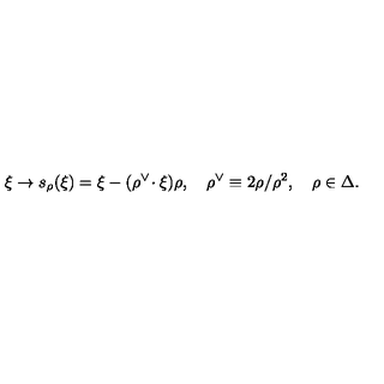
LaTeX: \xi \to s _ { \rho } ( \xi ) = \xi - ( \rho ^ { \vee } \! \cdot \xi ) \rho , \quad \rho ^ { \vee } \equiv 2 \rho / \rho ^ { 2 } , \quad \rho \in \Delta .